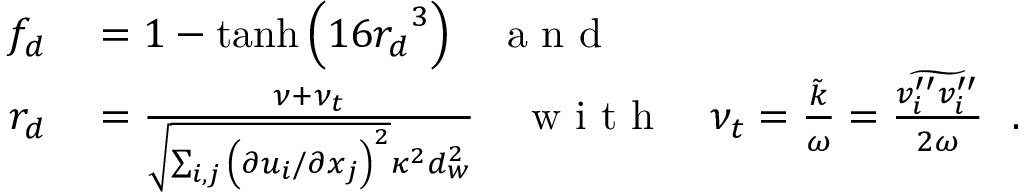
\begin{array} { r l } { f _ { d } } & { { } = 1 - \operatorname { t a n h } { \left( { 1 6 r _ { d } } ^ { 3 } \right) } \ \ \ \mathrm { ~ a ~ n ~ d ~ } } \\ { r _ { d } } & { { } = \frac { \nu + \nu _ { t } } { \sqrt { \sum _ { i , j } { \left( \partial u _ { i } / \partial x _ { j } \right) } ^ { 2 } } \kappa ^ { 2 } d _ { w } ^ { 2 } } \ \ \ \mathrm { ~ w ~ i ~ t ~ h ~ } \ \ \ \nu _ { t } = \frac { \Tilde { k } } { \omega } = \frac { \widetilde { v _ { i } ^ { \prime \prime } v _ { i } ^ { \prime \prime } } } { 2 \omega } \ \ . } \end{array}